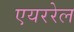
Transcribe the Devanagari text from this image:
एयररेल